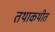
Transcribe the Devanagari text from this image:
तथाकथीत